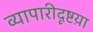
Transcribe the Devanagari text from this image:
व्यापारीदृष्टय़ा